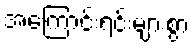
အကြောင်းရင်းများစွာ